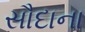
સૌદાના